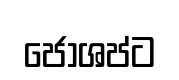
ජෝශප්ට